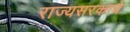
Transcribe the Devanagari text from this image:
राज्यसरकाचे